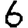
Digit: 6